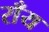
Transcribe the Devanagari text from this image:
राँय